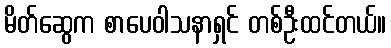
မိတ်ဆွေက စာပေဝါသနာရှင် တစ်ဦးထင်တယ်။